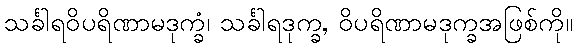
သင်္ခါရဝိပရိဏာမဒုက္ခံ၊ သင်္ခါရဒုက္ခ, ဝိပရိဏာမဒုက္ခအဖြစ်ကို။